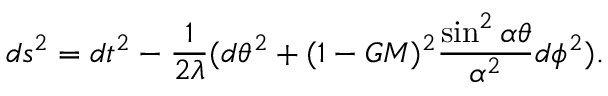
d s ^ { 2 } = d t ^ { 2 } - \frac { 1 } { 2 \lambda } ( d \theta ^ { 2 } + ( 1 - G M ) ^ { 2 } \frac { \sin ^ { 2 } \alpha \theta } { \alpha ^ { 2 } } d \phi ^ { 2 } ) .